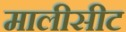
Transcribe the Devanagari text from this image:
मालीसीट